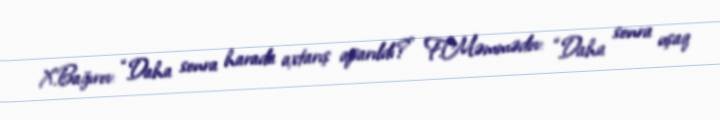
X.Bağırov: “Daha sonra harada axtarış aparıldı?” F.Məmmədov: “Daha sonra uşaq